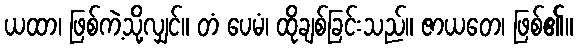
ယထာ၊ ဖြစ်ကဲ့သို့လျှင်။ တံ ပေမံ၊ ထိုချစ်ခြင်းသည်။ ဇာယတေ၊ ဖြစ်၏။